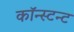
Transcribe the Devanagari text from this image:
कॉन्स्टन्ट